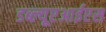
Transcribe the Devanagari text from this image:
डब्ल्यूएआईएस